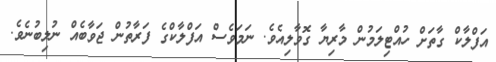
އަފްލާކް ގާތަށް ހުއްޓިލަމުން މާރިޔާ ގޮވާލިއެވެ. ނަމަވެސް އަފްލާކްގެ ފަރާތުން ޖަވާބެއް ނުލިބުނެވެ.